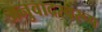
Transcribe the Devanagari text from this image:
अनुवादस्वरूप